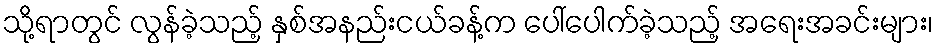
သို့ရာတွင် လွန်ခဲ့သည့် နှစ်အနည်းငယ်ခန့်က ပေါ်ပေါက်ခဲ့သည့် အရေးအခင်းများ၊